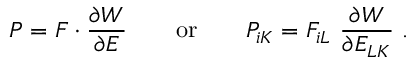
{ \boldsymbol { P } } = { \boldsymbol { F } } \cdot { \frac { \partial W } { \partial { \boldsymbol { E } } } } \qquad { \mathrm { o r } } \qquad P _ { i K } = F _ { i L } ~ { \frac { \partial W } { \partial E _ { L K } } } ~ .